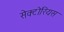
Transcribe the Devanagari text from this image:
सेक्टोरियस